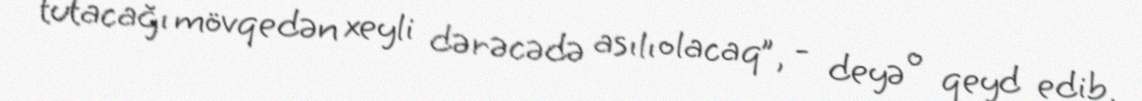
tutacağı mövqedən xeyli dərəcədə asılı olacaq”, - deyə o qeyd edib.